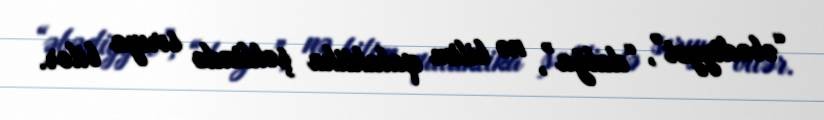
“əbədiyyət”, “dalğa”, nə bilim qalaktika şəklində sırıya bilər.